Report of an investigation in regard to the prevalence of stegomyia and other mosquitoes in Karachi, and the measures necessary for their control
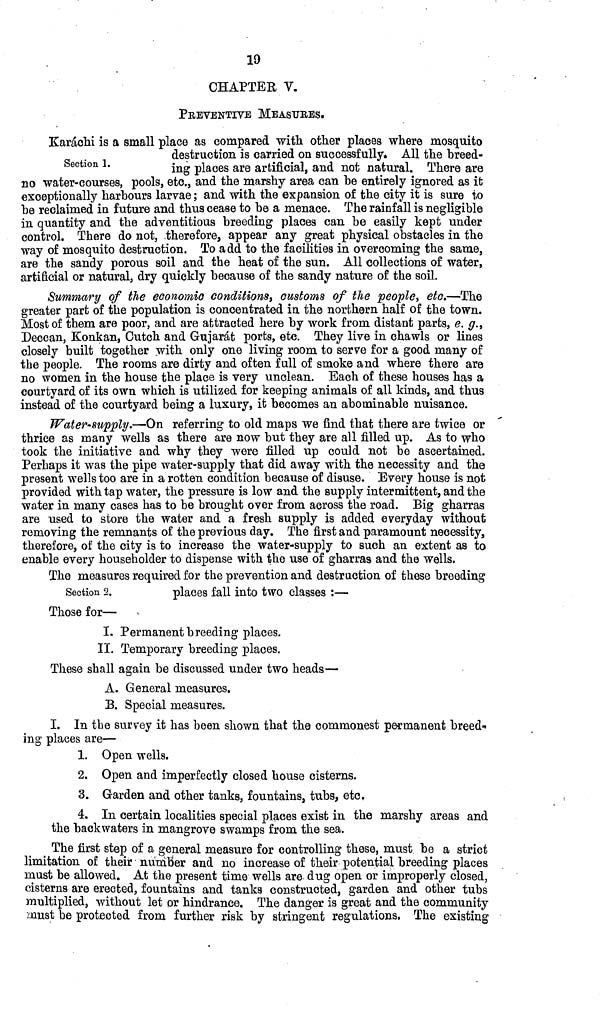
19
CHAPTER V.
PREVENTIVE MEASURES.
Section 1.
Karachi is a small place as compared with other places where mosquito
destruction is carried on successfully. All the breed-
ing places are artificial, and not natural. There are
no water-courses, pools, etc., and the marshy area can be entirely ignored as it
exceptionally harbours larvae; and with the expansion of the city it is sure to
he reclaimed in future and thus cease to he a menace. The rainfall is negligible
in quantity and the adventitious breeding places can be easily kept under
control. There do not, therefore, appear any great physical obstacles in the
way of mosquito destruction. To add to the facilities in overcoming the same,
are the sandy porous soil and the heat of the sun. All collections of water,
artificial or natural, dry quickly because of the sandy nature of the soil.
Summary of the economic conditions, customs of the people, etc.—The
greater part of the population is concentrated in the northern half of the town.
Most of them are poor, and are attracted here by work from distant parts, e. g.,
Deccan, Konkan, Cutch and Gujarat ports, etc. They live in chawls or lines
closely built together with only one living room to serve for a good many of
the people. The rooms are dirty and often full of smoke and where there are
no women in the house the place is very unclean. Each of these houses has a
courtyard of its own which is utilized for keeping animals of all kinds, and thus
instead of the courtyard being a luxury, it becomes an abominable nuisance.
Water-supply.—On referring to old maps we find that there are twice or
thrice as many wells as there are now but they are all filled up. As to who
took the initiative and why they were filled up could not be ascertained.
Perhaps it was the pipe water-supply that did away with the necessity and the
present wells too are in a rotten condition because of disuse. Every house is not
provided with tap water, the pressure is low and the supply intermittent, and the
water in many cases has to be brought over from across the road. Big gharras
are used to store the water and a fresh supply is added everyday without
removing the remnants of the previous day. The first and paramount necessity,
therefore, of the city is to increase the water-supply to such an extent as to
enable every householder to dispense with the use of gharras and the wells.
Section 2.
The measures required for the prevention and destruction of these breeding
places fall into two classes :—
Those for—
I. Permanent breeding places.
II. Temporary breeding places.
These shall again be discussed under two heads—
A. General measures.
B. Special measures.
I. In the survey it has been shown that the commonest permanent breed-
ing places are—
1. Open wells.
2. Open and imperfectly closed house cisterns.
3. Garden and other tanks, fountains, tubs, etc.
4. In certain localities special places exist in the marshy areas and
the backwaters in mangrove swamps from the sea.
The first step of a general measure for controlling these, must be a strict
limitation of their number and no increase of their potential breeding places
must be allowed. At the present time wells are dug open or improperly closed,
cisterns are erected, fountains and tanks constructed, garden and other tubs
multiplied, without let or hindrance. The danger is great and the community
must be protected from further risk by stringent regulations. The existing